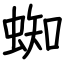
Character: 蜘